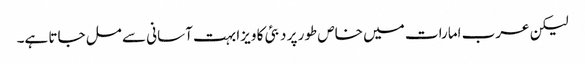
لیکن عرب امارات میں خاص طور پر دبئی کا ویزا بہت آسانی سے مل جاتا ہے۔